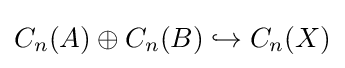
C_{n}(A)\oplus C_{n}(B)\hookrightarrow C_{n}(X)